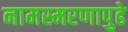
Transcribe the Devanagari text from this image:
नामस्मरणापुढे